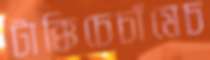
টাক্কিচেচাঁমেচ